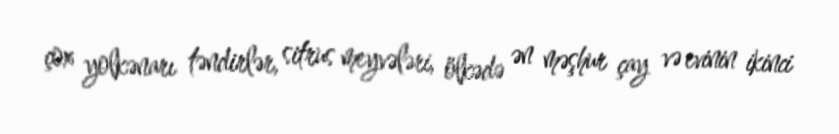
çox yolkənarı təndirlər, sitrus meyvələri, ölkədə ən məşhur çay və evinin ikinci